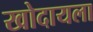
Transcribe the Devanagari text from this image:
खोदायला